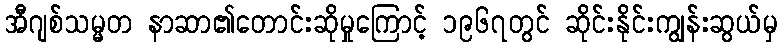
အီဂျစ်သမ္မတ နာဆာ၏တောင်းဆိုမှုကြောင့် ၁၉၆၇တွင် ဆိုင်းနိုင်းကျွန်းဆွယ်မှ